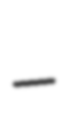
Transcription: –